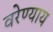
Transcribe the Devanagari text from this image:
वरेण्याय